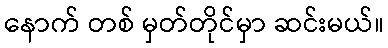
နောက် တစ် မှတ်တိုင်မှာ ဆင်းမယ်။